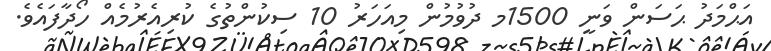
އަޙްމަދު ޙަސަން ވަނީ 1500މ ދުވުމުން މިއަހަރު 10 ސިކުންތުގެ ކުރިއެެރުމެއް ހޯދާފައެވެ.